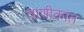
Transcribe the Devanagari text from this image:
वाणीकांत